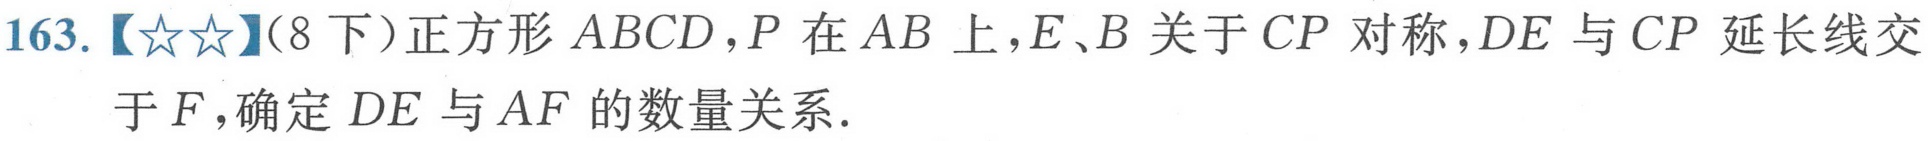
163.【★★】(8下）正方形 \(ABCD\)，\(P\) 在 \(AB\) 上，\(E\)、\(B\) 关于 \(CP\) 对称，\(DE\) 与 \(CP\) 延长线交于 \(F\)，确定 \(DE\) 与 \(AF\) 的数量关系.